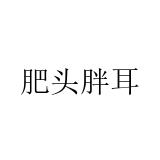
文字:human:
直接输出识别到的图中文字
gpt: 肥头胖耳